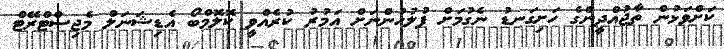
ކަށްވަޅުން ތާޖުއްދީންގެ ހަށިގަނޑު ނެގުމަށް ފުލުހުންނަށް އަމުރު ކުރެއްވީ ކޮލޮމްބޯ އެޑިޝަނަލް މެޖިސްޓްރޭޓް